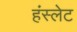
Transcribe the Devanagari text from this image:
हंस्लेट